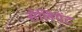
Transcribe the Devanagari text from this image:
सेलियेंट